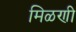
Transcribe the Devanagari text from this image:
मिळणी